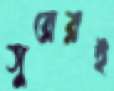
সুরেরই